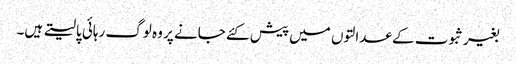
بغیر ثبوت کے عدالتوں میں پیش کئے جانے پر وہ لوگ رہائی پالیتے ہیں۔